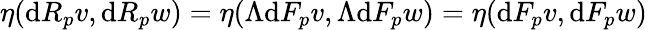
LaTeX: \eta(\mathrm{d}R_{p}v,\mathrm{d}R_{p}w)=\eta(\Lambda\mathrm{d}F_{p}v,\Lambda\mathrm{d}F_{p}w)=\eta(\mathrm{d}F_{p}v,\mathrm{d}F_{p}w)